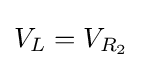
V_{L}=V_{R_{2}}